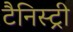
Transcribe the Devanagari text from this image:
टैनिस्ट्री